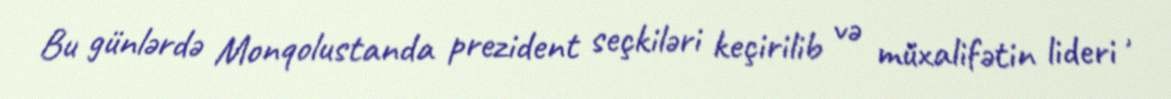
Bu günlərdə Monqolustanda prezident seçkiləri keçirilib və müxalifətin lideri ,